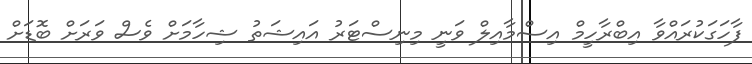
ފާހަގަކުރައްވާ އިބްރާހީމް އިސްމާއިލް ވަނީ މިނިސްޓަރު އައިޝަތު ޝިހާމަށް ވެސް ވަރަށް ބޮޑަށް